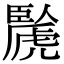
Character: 䖙